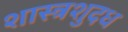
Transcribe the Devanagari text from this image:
शास्त्रशुदध